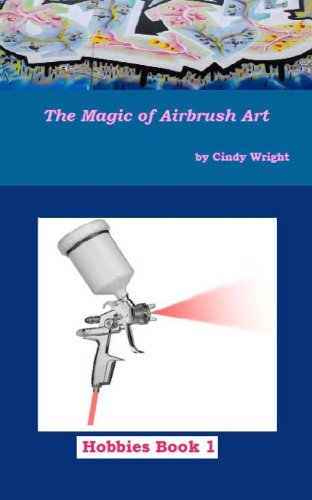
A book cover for The Magic of Airbrush Art (Hobbies) (Volume 1); Cindy Wright; Arts & Photography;